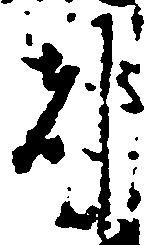
都